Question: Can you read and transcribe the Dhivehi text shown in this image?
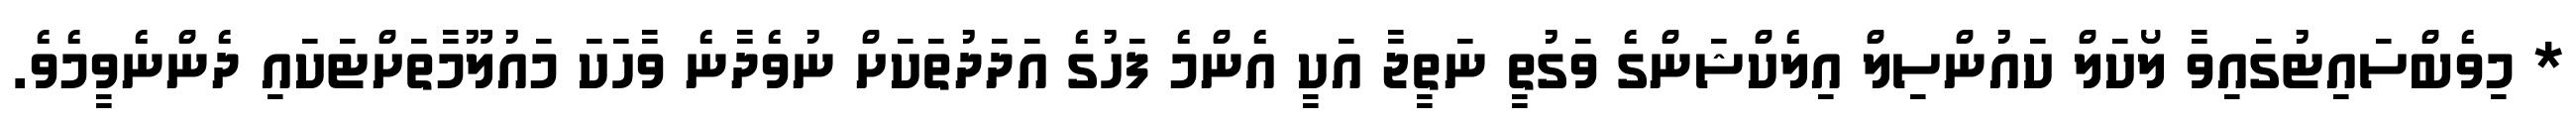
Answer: * މިވެބްސައިޓުގައިވާ ލޯކަލް ކައުންސިލް އިލެކްޝަންގެ ވަގުތީ ނަތީޖާ އަކީ އެންމެ ފަހުގެ އަދަދުތަކަށް ނުވެދާނެ ވާހަކަ މައުލޫމާތަށްޓަކައި ދެންނެވީމެވެ.